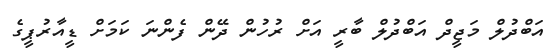
އަބްދުލް މަޖީދް އަބްދުލް ބާރީ އަށް ރުހުން ދޭން ފެންނަ ކަމަށް ޑީއާރުޕީގެ